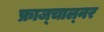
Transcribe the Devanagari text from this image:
फ्राज्चाल्नर